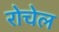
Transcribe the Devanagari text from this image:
रोचेल